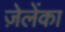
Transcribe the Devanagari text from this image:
ज़ेलेंका